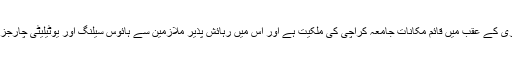
جامعہ کراچی کے نرسری کے عقب میں قائم مکانات جامعہ کراچی کی ملکیت ہے اور اس میں رہائش پذیر ملازمین سے ہائوس سیلنگ اور یوٹیلیٹی چارجز وصول کئے جائیں گے۔